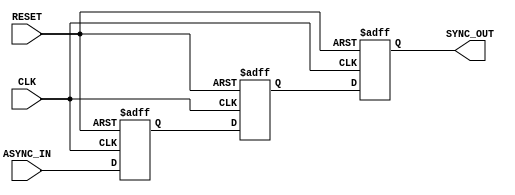
module async_to_sync_converter (
    input wire ASYNC_IN,         // Asynchronous input signal
    input wire CLK,              // Clock signal for synchronization
    input wire RESET,            // Asynchronous reset signal
    output reg SYNC_OUT          // Synchronized output signal
);

    // Internal signals
    reg ASYNC_IN_d1; // First stage register
    reg ASYNC_IN_d2; // Second stage register

    // Synchronous process
    always @(posedge CLK or posedge RESET) begin
        if (RESET) begin
            ASYNC_IN_d1 <= 1'b0;  // Reset first stage
            ASYNC_IN_d2 <= 1'b0;  // Reset second stage
            SYNC_OUT <= 1'b0;      // Reset output
        end else begin
            ASYNC_IN_d1 <= ASYNC_IN; // Sample ASYNC_IN
            ASYNC_IN_d2 <= ASYNC_IN_d1; // Pass to second stage
            SYNC_OUT <= ASYNC_IN_d2; // Update output
        end
    end

endmodule